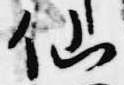
仙